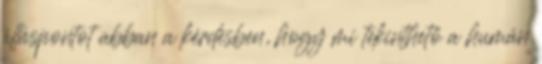
álláspontot abban a kérdésben, hogy mi tekinthető a humán